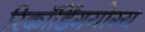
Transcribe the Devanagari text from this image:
रिकॉर्डिंगयोग्य